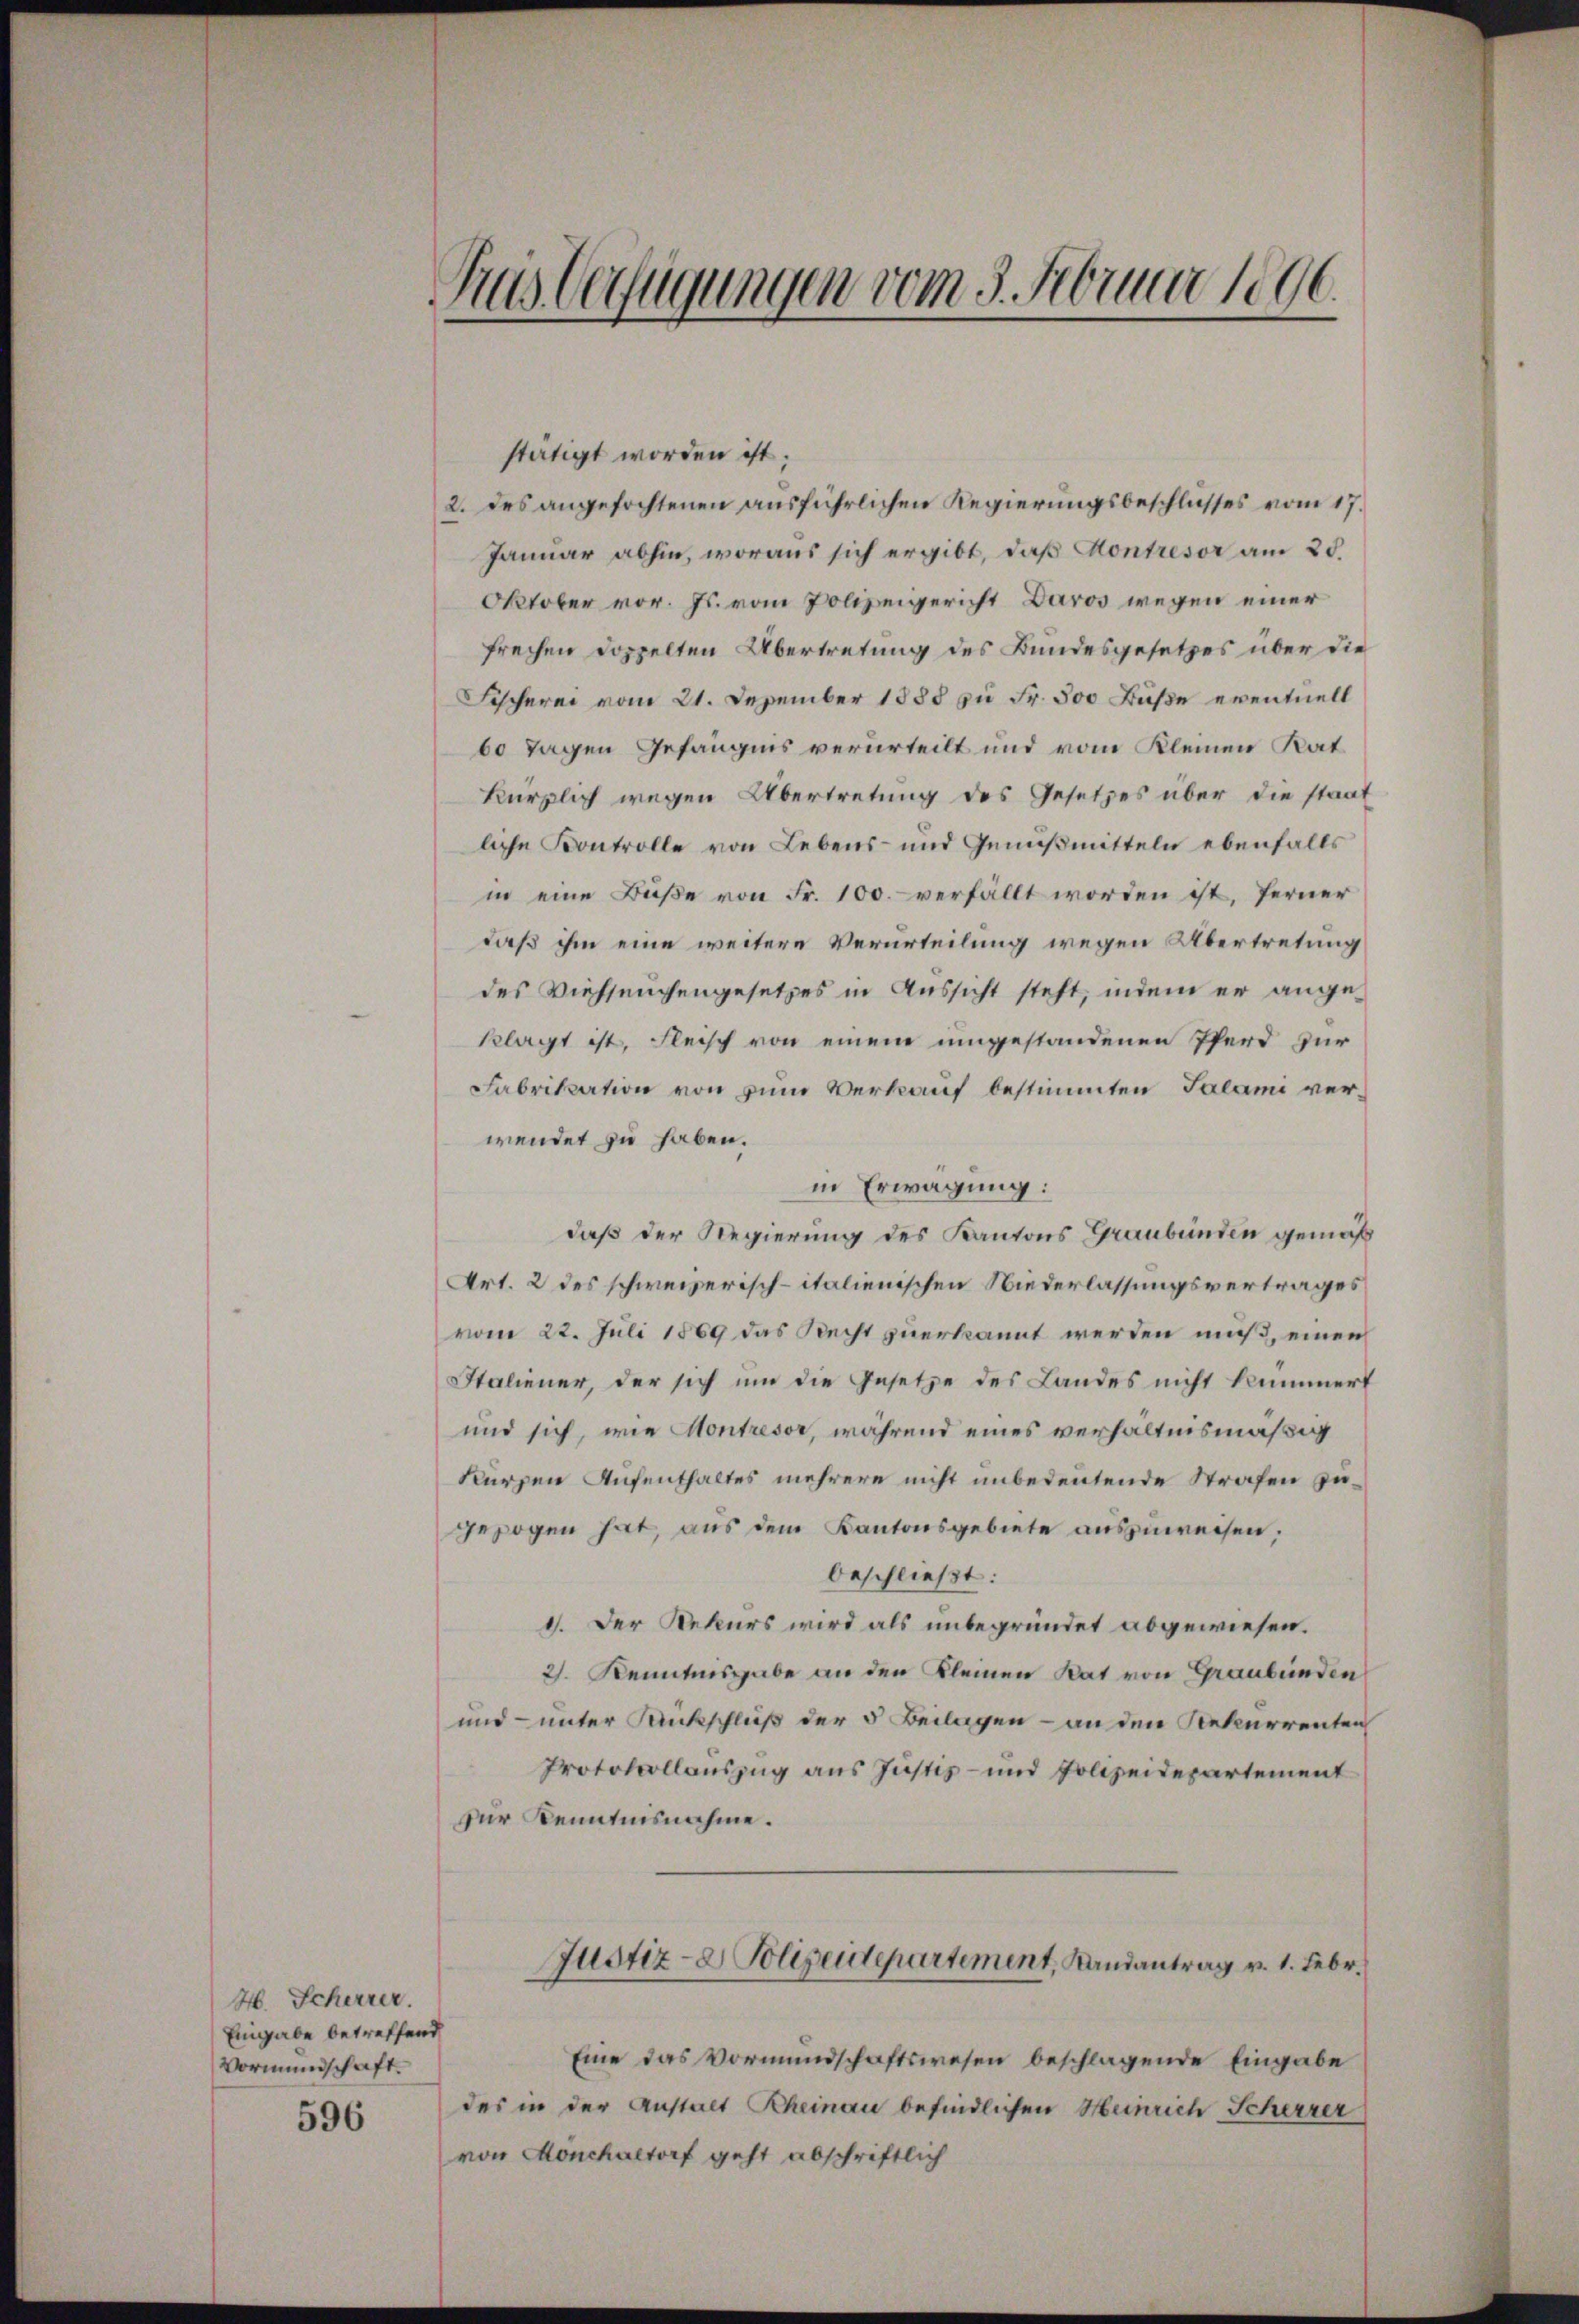
596

Aus Verfügungen vom 5. Februar 1896.

H. Scherrer.
Eingabe betreffend
Vormundschaft.

stätigt worden ist;
2. des angefochtenen ausführlichen Regierungsbeschlusses vom 17.
Januar abhin, woraus sich ergibt, daß Kontresor am 25.
Oktober vor. Js. vom Polizeigericht Davos wegen einer
frechen doppelten Übertretung des Bundesgesetzes über die
Fischerei vom 21. Dezember 1885 zu Fr. 500 Buße eventuell
60 Tagen Gefängnis verurteilt und vom Kleinen Rat
kürzlich wegen Übertretung des Gesetzes über die staat
liche Kontrolle von Lebens- und Genußmitteln ebenfalls
in eine Bŭβe von Fr. 100. verfällt worden ist, ferner
daß ihm eine weitere Verurteilung wegen Übertretung
des Viehseuchengesetzes in Aussicht steht, indem er angeklagt ist, Fleisch von einem umgestandenen Pferd für
Fabrikation von zum Verkauf bestimmten Salami verwendet zu haben.
in Erwägung:
daß der Regierung des Kantons Graubünden gemäß
Art. 2 des schweizerisch-italienischen Niederlassungsvertrages
vom 22. Juli 1869 das Recht zuerkannt werden muß, einen
Staliener, der sich um die Gesetze des Landes nicht kummert
und sich, wie Kontresor, während eines verhältnismäßig
Kürzen Aufenthaltes mehrere nicht unbedeutende Strafen zugezogen hat, aus dem Kantonsgebiete auszuweisen,
beschließt:
1. Der Rekurs wird als unbegründet abgewiesen.
2. Kenntnisgabe an den Kleinen Rat von Graubünden
und unter Sankschluß der 5 Beilagen – an den Rekurrenten
Protokollauszug aus Justiz- und Polizeidepartement
zur Kenntnisnahme.
Justiz- & Polizeidepartement, Landantrag v. 1. Febr.
Eine das Vormundschaftswesen beschlagende Eingabe
des in der Anstalt Rheinau befindlichen Heinrich Scherrer
von Mönchaltorf geht abschriftlich